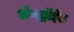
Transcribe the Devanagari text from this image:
अँन्ड्रॉईड